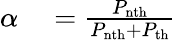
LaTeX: \begin{array}{rl}{\alpha}&{{}=\frac{P_{\mathrm{nth}}}{P_{\mathrm{nth}}+P_{\mathrm{th}}}}\end{array}